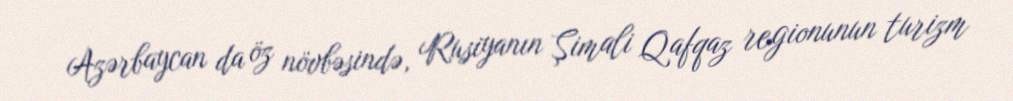
Azərbaycan da öz növbəsində, Rusiyanın Şimali Qafqaz regionunun turizm